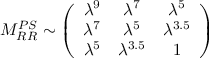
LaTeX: M _ { R R } ^ { P S } \sim \left( \begin{array} { c c c } { { \lambda ^ { 9 } } } & { { \lambda ^ { 7 } } } & { { \lambda ^ { 5 } } } \\ { { \lambda ^ { 7 } } } & { { \lambda ^ { 5 } } } & { { \lambda ^ { 3 . 5 } } } \\ { { \lambda ^ { 5 } } } & { { \lambda ^ { 3 . 5 } } } & { { 1 } } \end{array} \right)